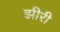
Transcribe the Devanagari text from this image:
झीरी